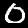
Label: 0